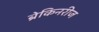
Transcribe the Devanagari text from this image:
ब्रेकिनरीज